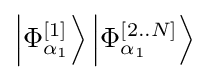
\left|{\Phi _{\alpha _{1}}^{[1]}}\right\rangle \left|{\Phi _{\alpha _{1}}^{[2..N]}}\right\rangle